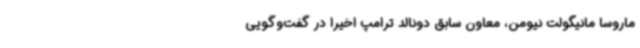
ماروسا مانیگولت نیومن، معاون سابق دونالد ترامپ اخیرا در گفت‌وگویی